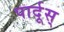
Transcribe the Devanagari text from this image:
पार्दूस्